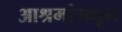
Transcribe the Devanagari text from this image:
आश्रमांमधून